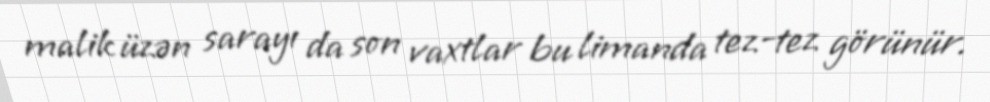
malik üzən sarayı da son vaxtlar bu limanda tez-tez görünür.